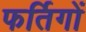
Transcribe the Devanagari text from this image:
फर्तिगों